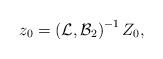
LaTeX: \begin{align*}z_{0}=\left( {\mathcal{L}},{\mathcal{B}}_{2}\right) ^{-1}Z_{0},\end{align*}